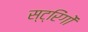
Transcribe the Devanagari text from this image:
स्ट्रिंगों